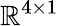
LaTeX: \mathbb{R}^{4\times 1}